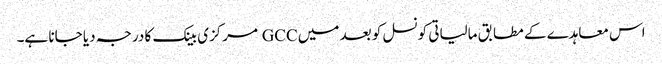
اس معاہدے کے مطابق مالیاتی کونسل کو بعد میں GCC مرکزی بینک کا درجہ دیا جانا ہے۔